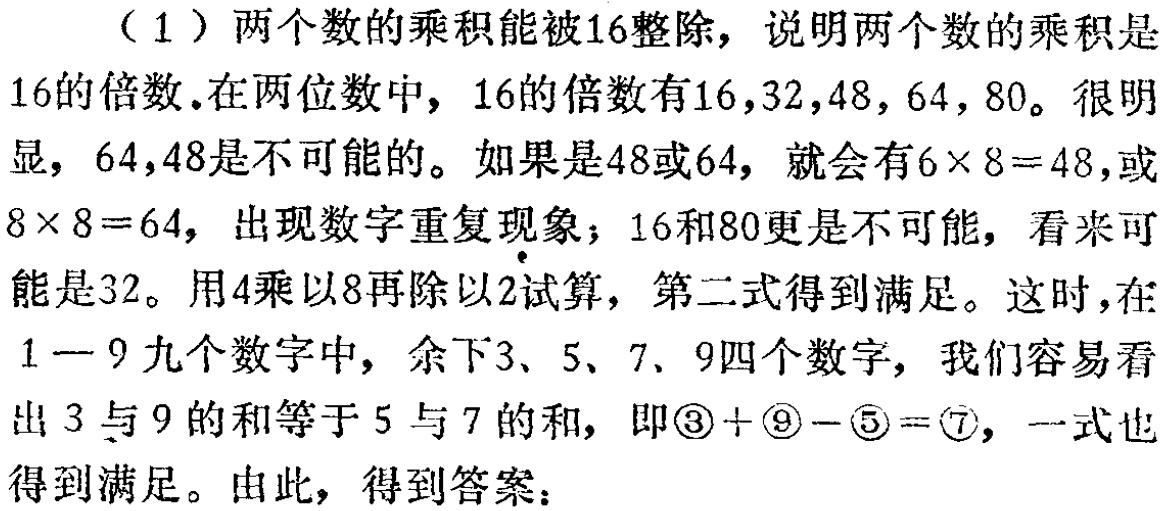
（1）两个数的乘积能被16整除，说明两个数的乘积是16的倍数.在两位数中，16的倍数有16,32,48, 64, 80。很明显，64,48是不可能的。如果是48或64，就会有\(6\times 8 = 48\)，或\(8\times 8 = 64\)，出现数字重复现象；16和80更是不可能，看来可能是32。用4乘以8再除以2试算，第二式得到满足。这时，在1 - 9九个数字中，余下3、5、7、9四个数字，我们容易看出3与9的和等于5与7的和，即\(\textcircled{3}+\textcircled{9}-\textcircled{5}=\textcircled{7}\)，一式也得到满足。由此，得到答案：